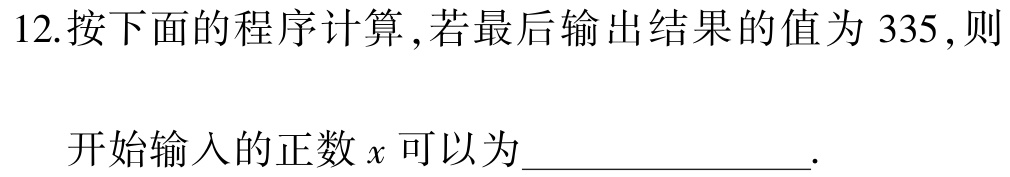
12.按下面的程序计算 ,若最后输出结果的值为 335 ,则

开始输入的正数\(x\)可以为_______________.